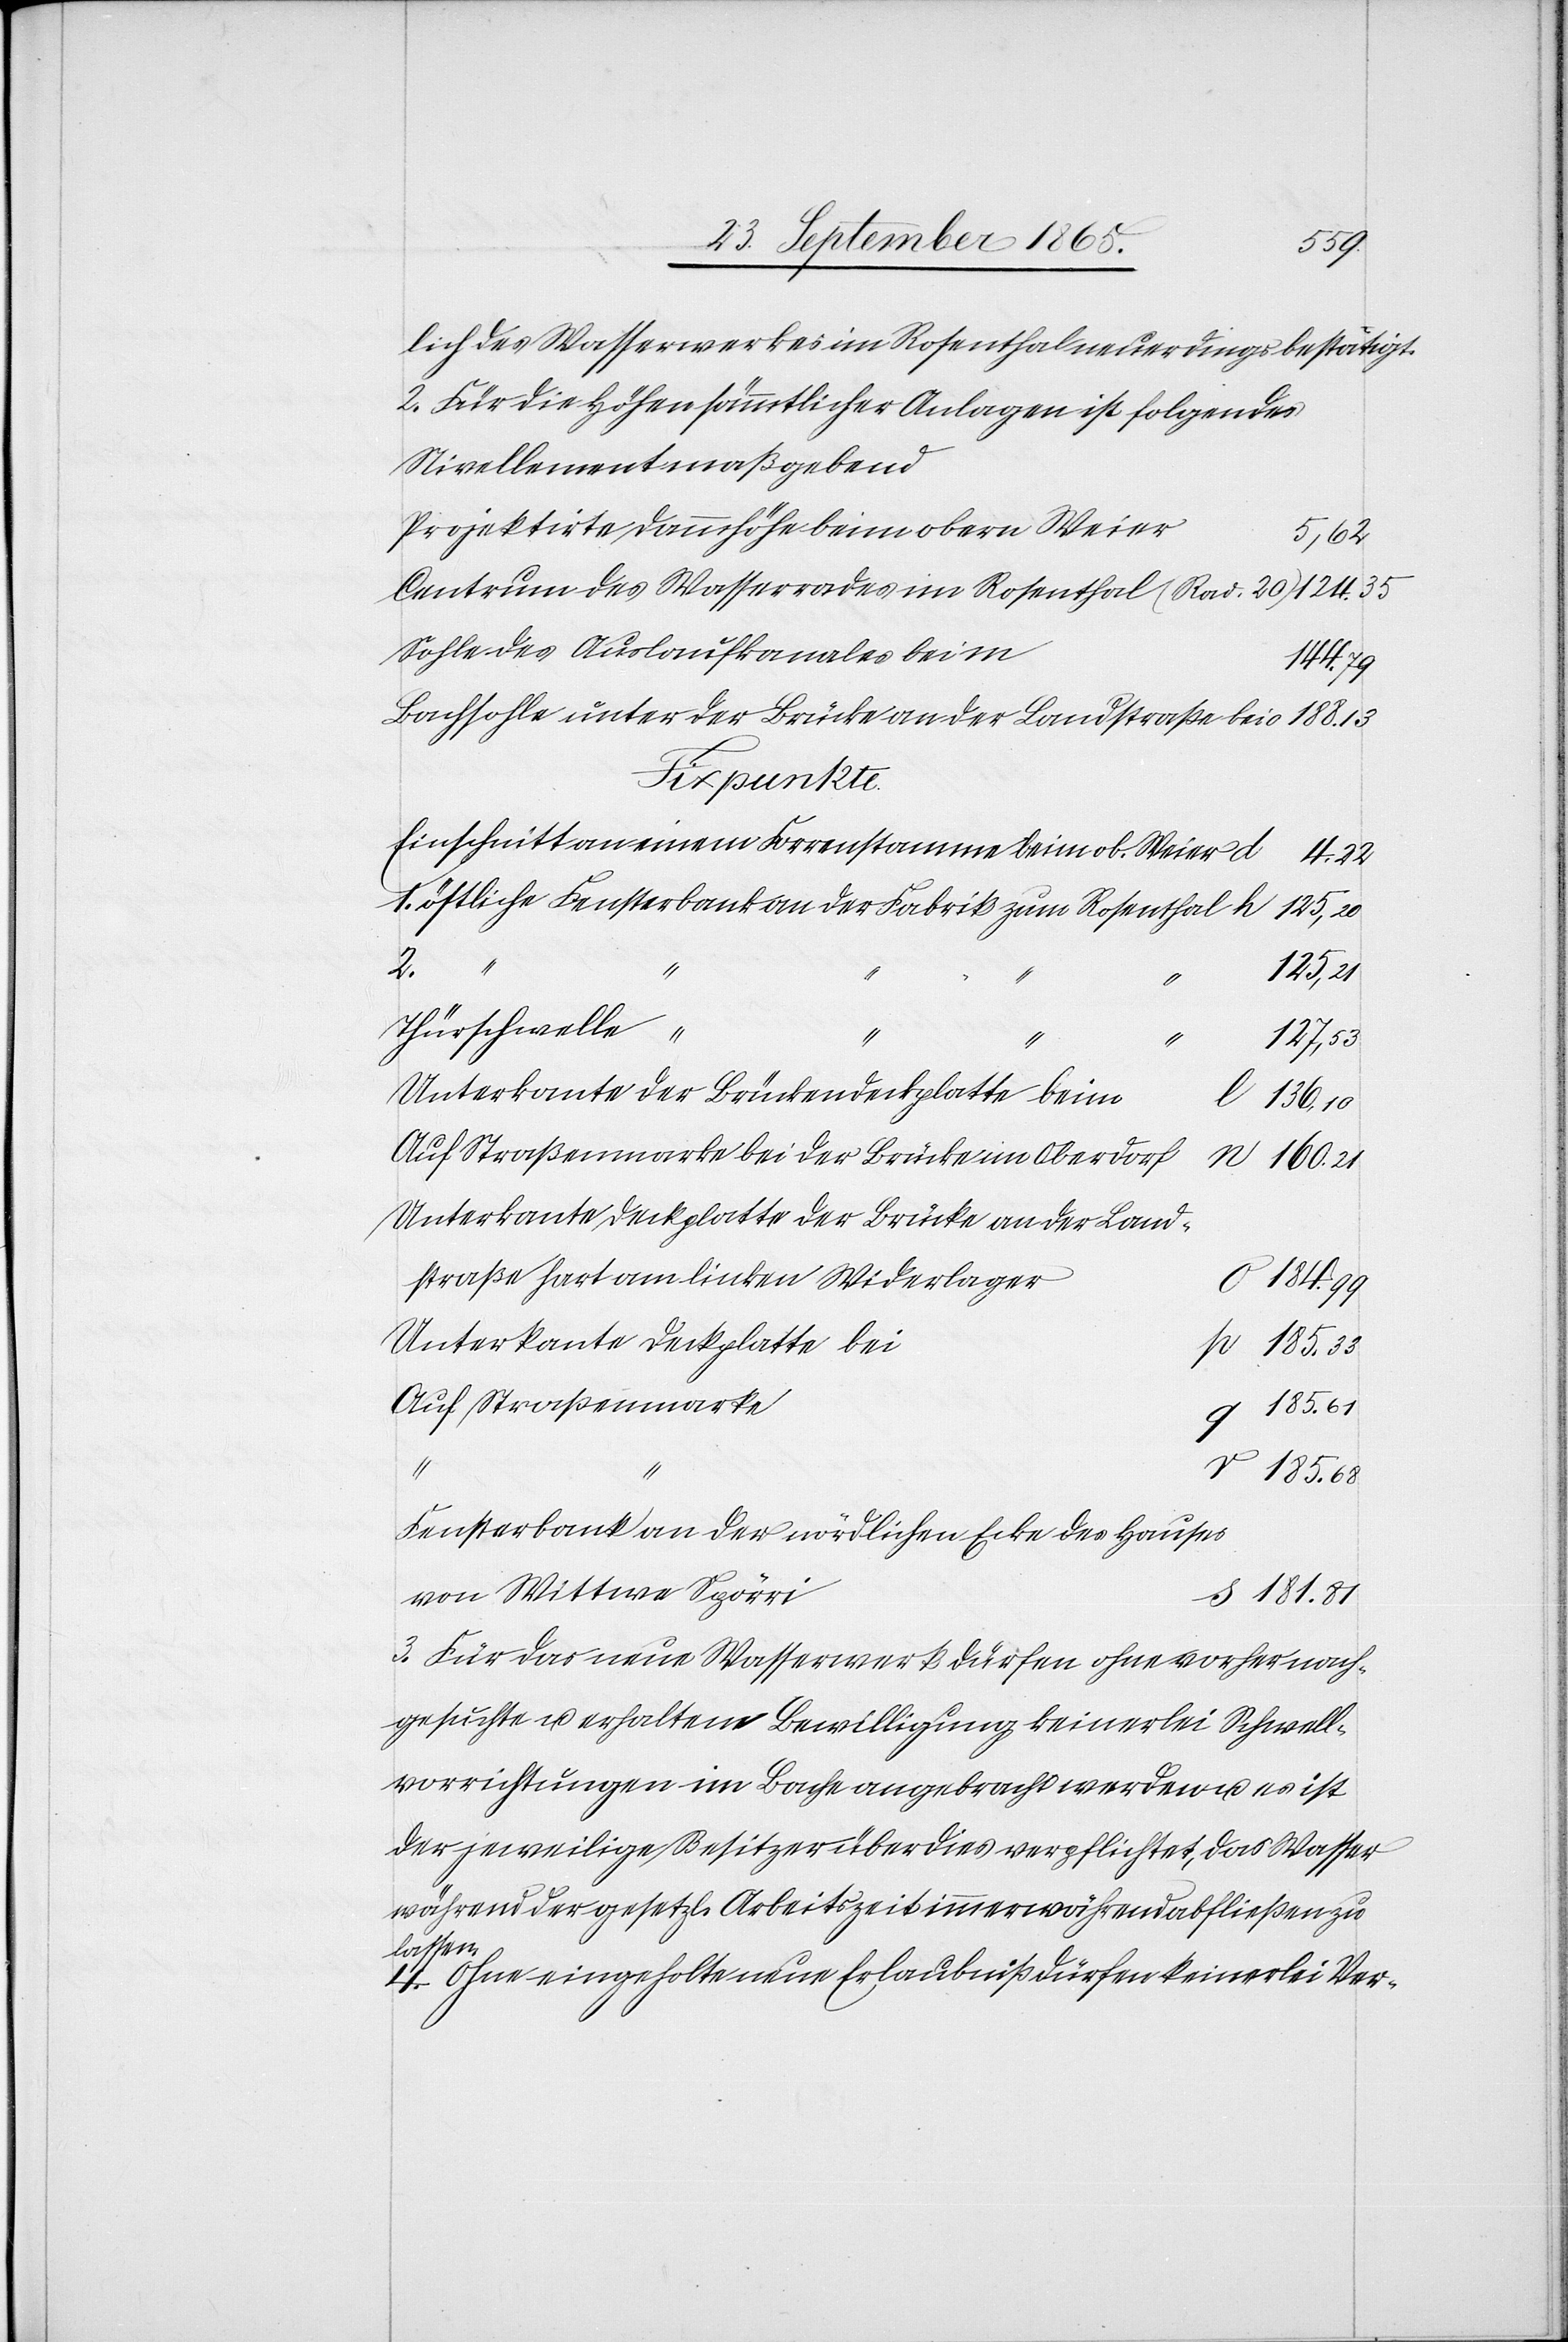
lich des Wasserwerkes im Rosenthal neuerdings bestätigt.
2. Für die Höhen sämmtlicher Anlagen ist folgendes
Nivellement maßgebend
Projektirte Dammhöhe beim obern Weier
5,62
Centrum des Wasserrades im Rosenthal (Rad 20)
Sohle des Auslaufkanales bei
Bachsohle unter der Brücke an der Landstraße bei
Fixpunkte
Einschnitt an einem Forrenstamme beim ob. Weier
4.22
östliche Fensterbank an der Fabrik zum Rosenthal
185.33
2.
181.81
Thürschwelle
Unterkante der Brückendeckplatte beim
l
136,10
Auf Straßenmarke bei der Brücke im Oberdorf
160.21
Unterkante Deckplatte der Brücke an der Land¬
straße hat am linken Widerlager
Unterkante Deckplatte bei
Auf Straßenmarke
185.61
Fensterbank an der nördlichen Ecke des Hauses
von Wittwe Spörri
3. Für das neue Wasserwerk dürfen ohne vorher nach¬
gesuchte u. erhaltene Bewilligung keinerlei Schwell¬
vorrichtungen im Bache angebracht werden u. es ist
der jeweilige Besitzer überdies verpflichtet, das Wasser
während der gesetzl. Arbeitszeit immerwährend abfließen zu
lassen.
4. Ohne eingeholte neue Erlaubniß dürfen keinerlei Ver-